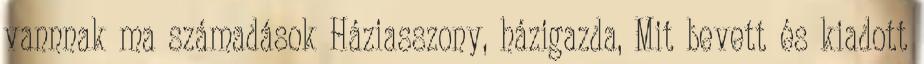
vannnak ma számadások Háziasszony, házigazda, Mit bevett és kiadott